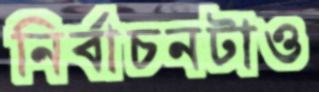
নির্বাচনটাও